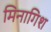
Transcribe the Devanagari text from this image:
मिनागिश